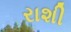
રાશી